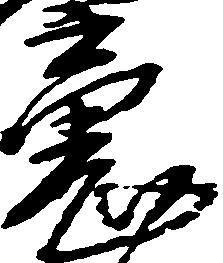
魂